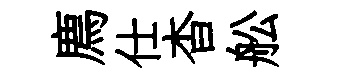
廌仕杳舩